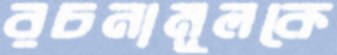
রচনামূলকে